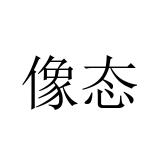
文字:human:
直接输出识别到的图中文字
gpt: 像态